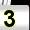
Digit: 3